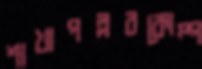
শাখাপল্লবকোম্প